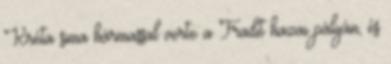
Kréta sima hármassal verte a Fradit hazai pályán, és